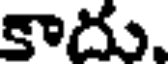
కాదు.